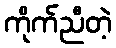
ကိုက်ညီတဲ့